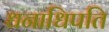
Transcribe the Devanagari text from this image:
धनाधिपति